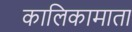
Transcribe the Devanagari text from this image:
कालिकामाता